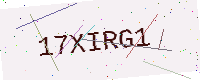
Text: 17XIRG1